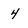
Character: 4